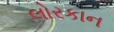
લોરકાન